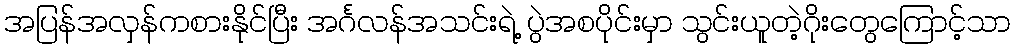
အပြန်အလှန်ကစားနိုင်ပြီး အင်္ဂလန်အသင်းရဲ့ ပွဲအစပိုင်းမှာ သွင်းယူတဲ့ဂိုးတွေကြောင့်သာ